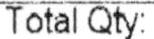
TOTAL QTY: